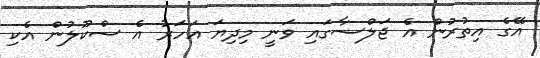
އޭގެ އިތުރުން އެ ޖަލްސާގައި ވަނީ މިދިޔަ އަހަރު އެ ސްކޫލުން އެކި